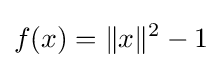
f(x)=\Vert x\Vert ^{2}-1